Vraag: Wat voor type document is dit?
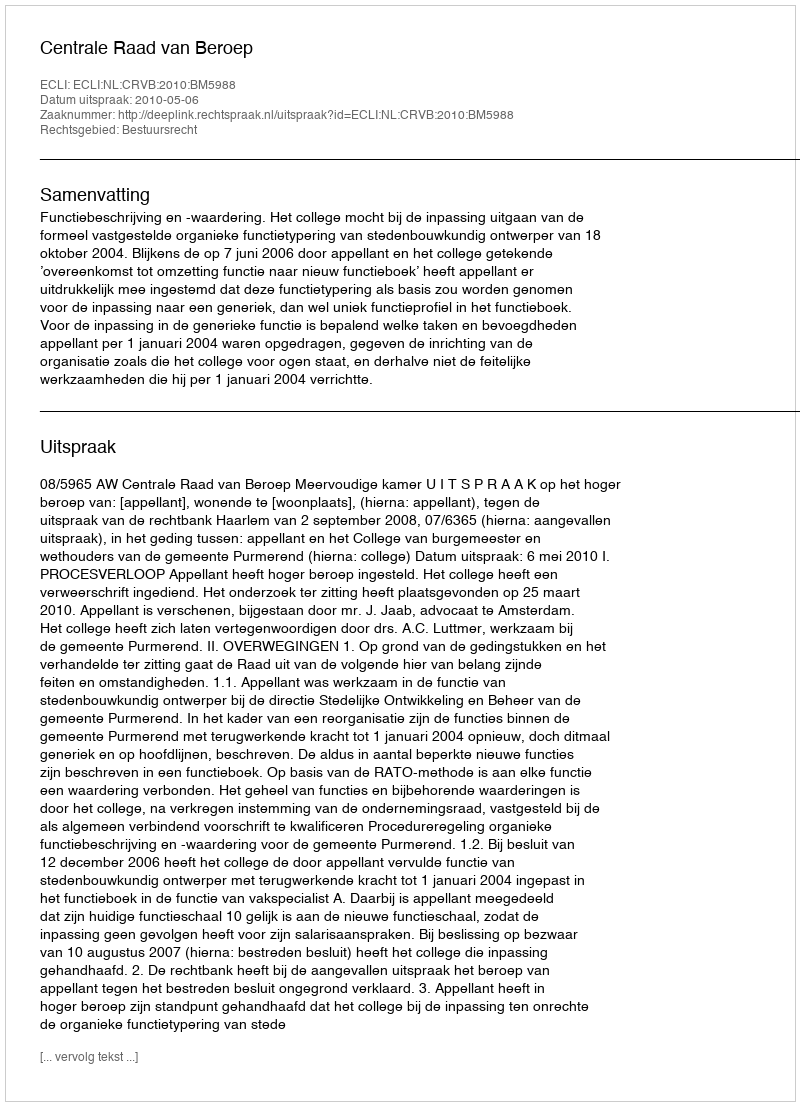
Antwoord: Uitspraak